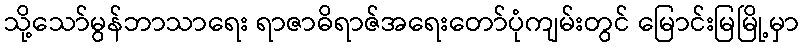
သို့သော်မွန်ဘာသာရေး ရာဇာဓိရာဇ်အရေးတော်ပုံကျမ်းတွင် မြောင်းမြမြို့မှာ